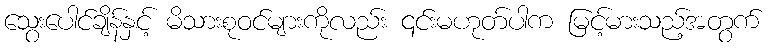
သွေးပေါင်ချိန်နှင့် မိသားစုဝင်များကိုလည်း ၎င်းမဟုတ်ပါက မြင့်မားသည့်အတွက်